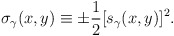
\begin{align*}\sigma_\gamma(x,y) \equiv \pm{1\over2} [s_\gamma(x,y)]^2.\end{align*}